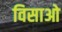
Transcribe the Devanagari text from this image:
विसाओ